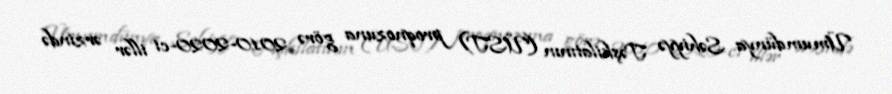
Ümumdünya Səhiyyə Təşkilatının (ÜST) proqnozuna görə 2010-2020-ci illər ərzində